Reports on dispensaries and lunatic asylums in the Province of Oudh - 1869-1876
Year: 1869
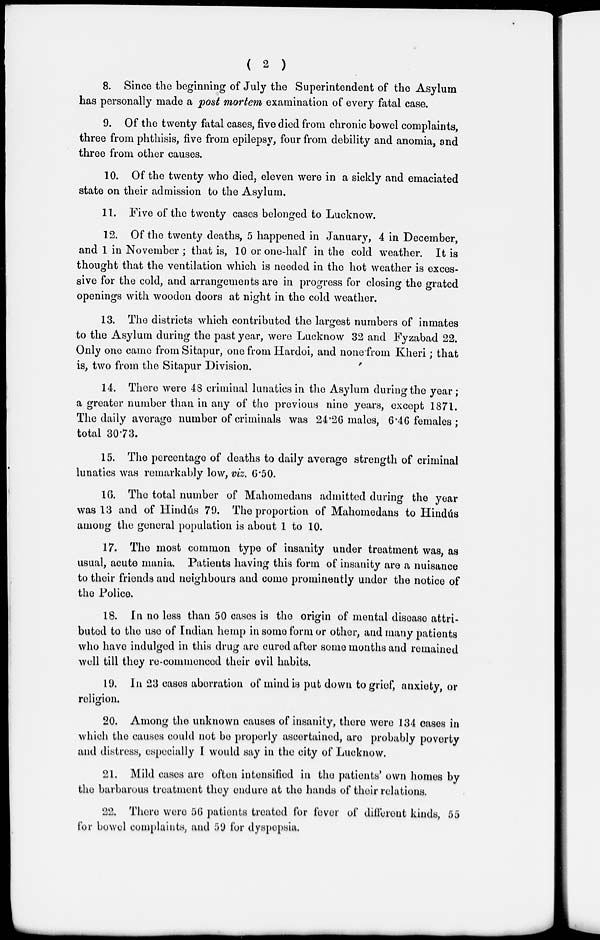
( 2 )
8. Since the beginning of July the Superintendent of the Asylum
has personally made a post mortem examination of every fatal case.
9. Of the twenty fatal cases, five died from chronic bowel complaints,
three from phthisis, five from epilepsy, four from debility and anomia, and
three from other causes.
10. Of the twenty who died, eleven were in a sickly and emaciated
state on their admission to the Asylum.
11. Five of the twenty cases belonged to Lucknow.
12. Of the twenty deaths, 5 happened in January, 4 in December,
and 1 in November ; that is, 10 or one-half in the cold weather. It is
thought that the ventilation which is needed in the hot weather is exces-
sive for the cold, and arrangements are in progress for closing the grated
openings with wooden doors at night in the cold weather.
13. The districts which contributed the largest numbers of inmates
to the Asylum during the past year, were Lucknow 32 and Fyzabad 22.
Only one came from Sitapur, one from Hardoi, and none from Kheri; that
is, two from the Sitapur Division.
14. There were 48 criminal lunatics in the Asylum during the year;
a greater number than in any of the previous nine years, except 1871.
The daily average number of criminals was 24.26 males, 6.46 females;
total 30.73.
15. The percentage of deaths to daily average strength of criminal
lunatics was remarkably low, viz. 6.50.
16. The total number of Mahomedans admitted during the year
was 13 and of Hindús 79. The proportion of Mahomedans to Hindús
among the general population is about 1 to 10.
17. The most common type of insanity under treatment was, as
usual, acute mania. Patients having this form of insanity are a nuisance
to their friends and neighbours and come prominently under the notice of
the Police.
18. In no less than 50 cases is the origin of mental disease attri-
buted to the use of Indian hemp in some form or other, and many patients
who have indulged in this drug are cured after some months and remained
well till they re-commenced their evil habits.
19. In 23 cases aberration of mind is put down to grief, anxiety, or
religion.
20. Among the unknown causes of insanity, there were 134 cases in
which the causes could not be properly ascertained, are probably poverty
and distress, especially I would say in the city of Lucknow.
21. Mild cases are often intensified in the patients' own homes by
the barbarous treatment they endure at the hands of their relations.
22. There were 56 patients treated for fever of different kinds, 55
for bowel complaints, and 59 for dyspepsia.